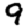
Digit: 9